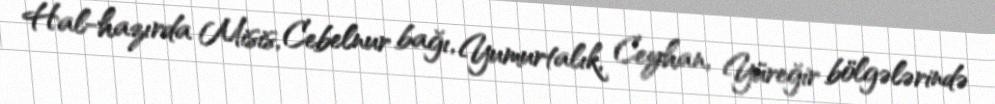
Hal-hazırda Misis, Cebelnur bağı, Yumurtalık, Ceyhan, Yüreğir bölgələrində